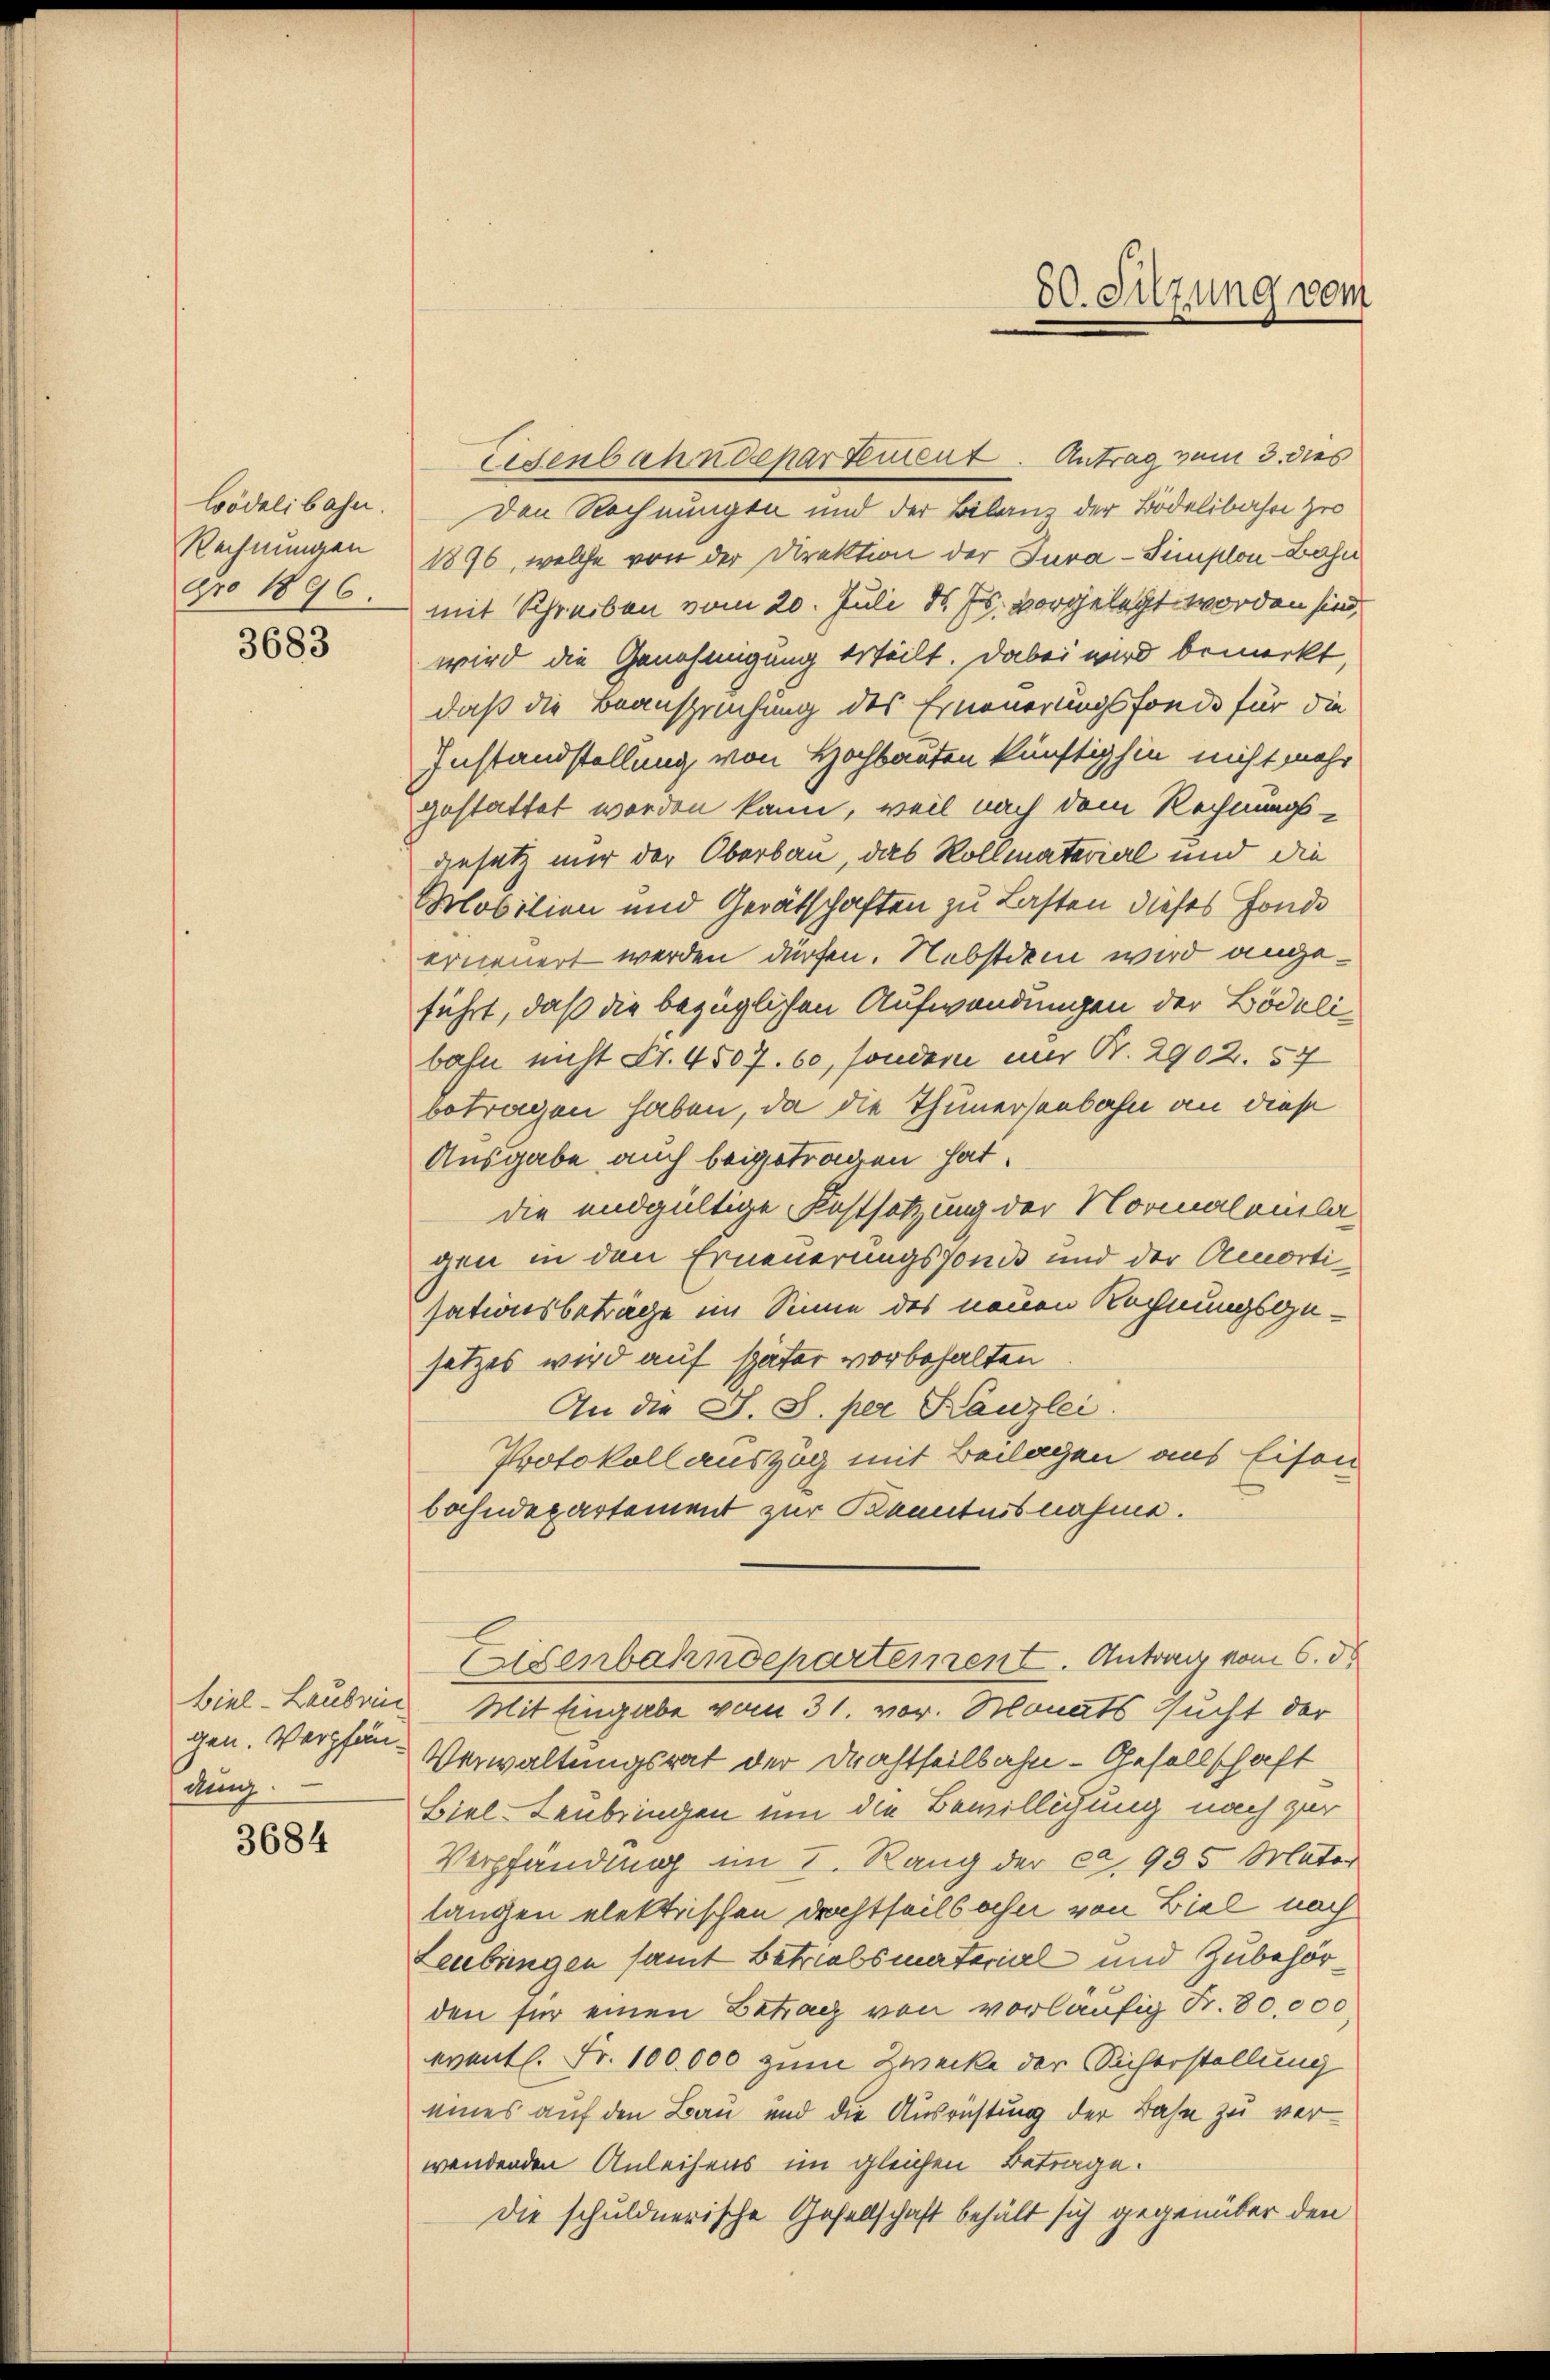
lödelibahn.
Rechnungen

3683

gen. Verpfändung.

3684

Den Rechnungen und der Bilanz der Bödelibahre zw
1876, welche von der Direktion der Tura-Simplon Bahn
pro 1896. mit Schreiben vom 20. Juli d. Js. vorgelegt worden sind,
wird die Genehmigung teilt. Dabei wird bemerkt,
daß die Beanspruchung des Erneuerungsfonde für die
Instandstellung von Hochbauten künftighin nicht mehr
gestattet worden kann, weil nach dem Rechnungs-
gesetz mir der Oberbau, das Kollmaterial und die
Mobilien und Gerätschaften zu Lasten dieses Fonde
erneuert werden dürfen. Nebstdem wird angeführt, daß die bezüglichen Aufwandungen der Bödelibahn nicht Fr. 4507. 60, sondern nur S. 2902. 57
betragen haben, da die Thunersenbahn an diese
Ausgabe auch beigetragen hat.
die endgültige Festsetzung der Normalanla
gen in den Erneuerungsfonds und der Amortisationsbeträge im Sinne des neuen Rechnungsgesetzes wird auf später vorbehalten
An die S. S. per Kanzlei.
Protokoll auszug mit Beilagen aus Eisen
bahndepartement zur Kenntnisnahme.
Eisenbahndepartement. Antrag vom 6. ds
biel-Laubrin Mit Eingabe vom 31. vor. Monats sucht der
Verwaltungsrat der Drahtheilbahn-Gesellschaft
Biel-Lenbringen um die Bewilligung nach zur
Verpfändung im I. Rang der ca. 935 Mater
langen elektrischen Dachtheils ahn von Biel nach
Leubingen samt Betriebsmaterial und Zubehörden für einen Betrag von vorläufig Sr. 80,000
event. Fr. 100,000 zum Zwecke der Sicherstellung
eines auf den Bau und die Ausrichtung der Bahn zu verwendenden Anleihens im gleichen Betrage.
Die schuldnerische Gesellschaft behält sich gegenüber den

50. Sitzung vom

Eisenbahndepartement. Antrag zum 3. dies